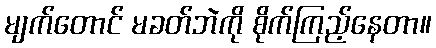
မျက်တောင် မခတ်ဘဲကို စိုက်ကြည့်နေတာ။